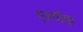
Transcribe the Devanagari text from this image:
एल्गोमा